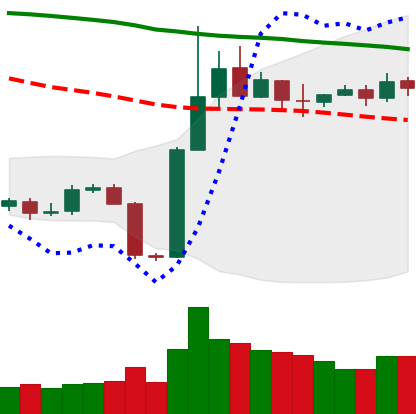
Ticker: BTC-USD
Chart end date: 2019-11-05
Forward return: -3.072%
Label: down_3_5